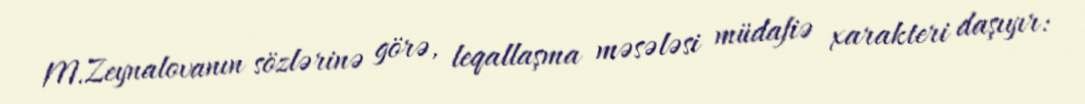
M.Zeynalovanın sözlərinə görə, leqallaşma məsələsi müdafiə xarakteri daşıyır: